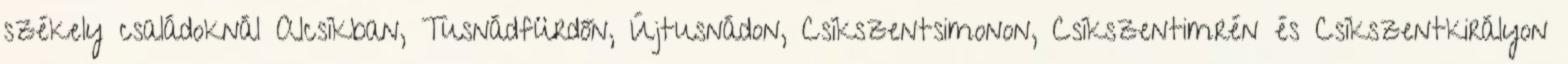
székely családoknál Alcsíkban, Tusnádfürdőn, Újtusnádon, Csíkszentsimonon, Csíkszentimrén és Csíkszentkirályon